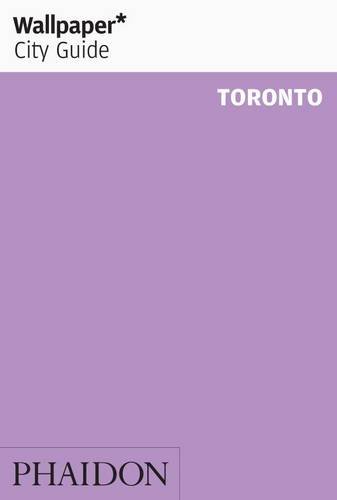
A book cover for Wallpaper* City Guide Toronto 2012 (Wallpaper City Guides); Travel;